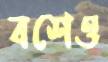
বশেও